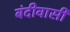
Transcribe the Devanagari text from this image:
बंदीवासी